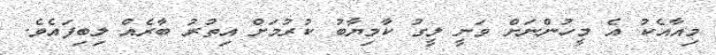
މިއާއެކު އެ މީހުންނަށް ވަނީ ލީގު ކާމިޔާބު ކުރުމަށް އިތުރު ބާރެއް ލިބިފައެވެ.